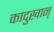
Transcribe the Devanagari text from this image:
कादुखान्